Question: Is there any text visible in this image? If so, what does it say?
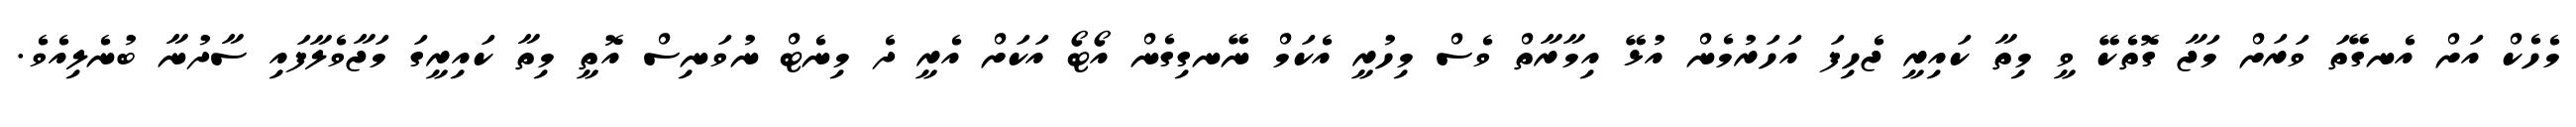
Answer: މެހެކް އަށް އެނގޭތަ ވަރަށް މަޖާ ގޮތެކޭ ވީ މިތާ ކައިރީ ޖެހިފަ އަހަރުމެން އުޅޭ އިމާރާތް ވެސް މިހުރީ އެކަމް ނޭނގިގެން އޯޓޯ އަކަށް އެރީ ދެ މިނެޓް ނުވަނިސް އޮތީ މިތާ ކައިރީގަ މަޖާވެލާފައި ސާދުނާ ބުނެލިއެވެ.